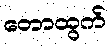
တောထွက်